Scottish Leaving Certificate Examination, 1955
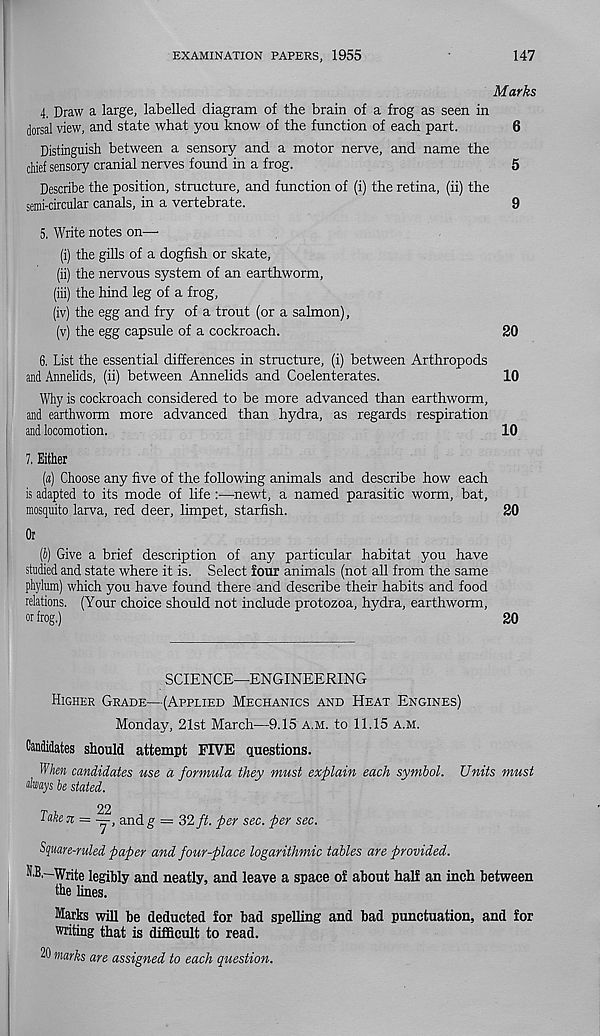
EXAMINATION PAPERS, 1955
147
Marks
4. Draw a large, labelled diagram of the brain of a frog as seen in
dorsal view, and state what you know of the function of each part.
6
Distinguish between a sensory and a motor nerve, and name the
chief sensory cranial nerves found in a frog.
5
Describe the position, structure, and function of (i) the retina, (ii) the
semi-circular canals, in a vertebrate.
9
5. Write notes on—
(i) the gills of a dogfish or skate,
(ii) the nervous system of an earthworm,
(iii) the hind leg of a frog,
(iv) the egg and fry of a trout (or a salmon),
(v) the egg capsule of a cockroach.
20
6. List the essential differences in structure, (i) between Arthropods
and Annelids, (ii) between Annelids and Coelenterates.
10
Why is cockroach considered to be more advanced than earthworm,
and earthworm more advanced than hydra, as regards respiration
and locomotion.
10
7, Either
(«) Choose any five of the following animals and describe how each
is adapted to its mode of life :—newt, a named parasitic worm, bat,
mosquito larva, red deer, limpet, starfish.
20
Or
(4) Give a brief description of any particular habitat you have
studied and state where it is. Select four animals (not all from the same
phylum) which you have found there and describe their habits and food
relations. (Your choice should not include protozoa, hydra, earthworm,
or frog.)
20
SCIENCE—ENGINEERING
Higher Grade—(Applied Mechanics and Heat Engines)
Monday, 21st March—9.15 A.m. to 11.15 a.m.
Candidates should attempt FIVE questions.
When candidates use a formula they must explain each symbol. Units must
always be stated.
22
Take 7r = —, and g = 32 ft. per sec. per sec.
Square-ruled paper and four-place logarithmic tables are provided.
H.B.-Write legibly and neatly, and leave a space of about half an inch between
the lines.
Marks will be deducted for bad spelling and bad punctuation, and for
writing that is difficult to read.
20 marks are assigned to each question.